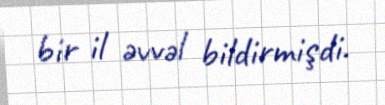
bir il əvvəl bildirmişdi.